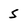
Character: 5